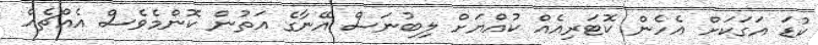
ކުޑަ އަގަކަށް އެހެން ކޮޓަރިއެއް ކުއްޔަށް ލިބުނަސް އޭނާގެ އަތުން ކޮންމެވެސް އެއްޗެއް